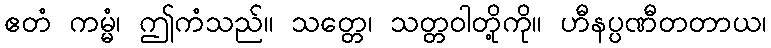
ဧတံ ကမ္မံ၊ ဤကံသည်။ သတ္တေ၊ သတ္တဝါတို့ကို။ ဟီနပ္ပဏီတတာယ၊